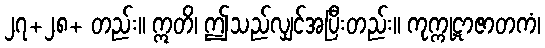
၂၇+၂၈+ တည်း။ ဣတိ၊ ဤသည်လျှင်အပြီးတည်း။ ကုက္ကုဋာဇာတကံ၊